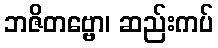
ဘဇိတဗ္ဗော၊ ဆည်းကပ်